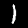
Label: 1